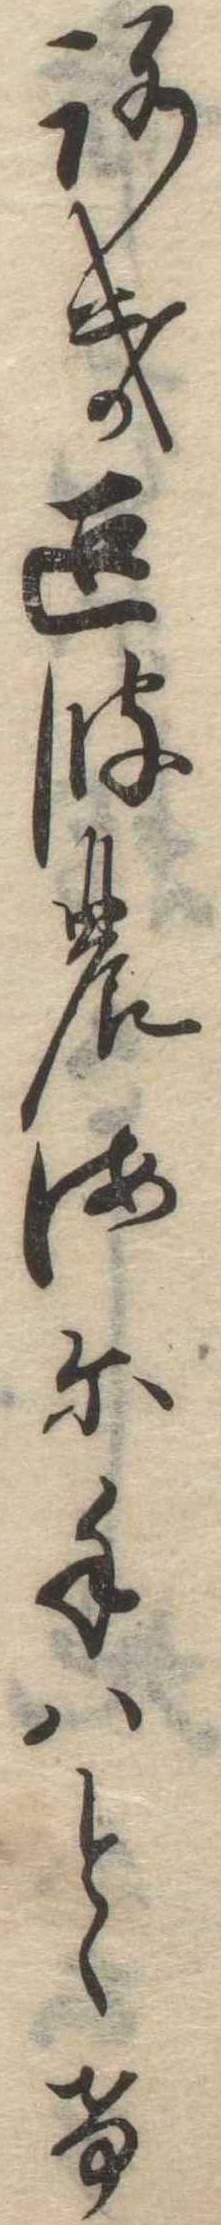
ろき波の海に手はとゝけ